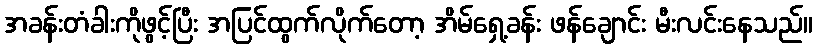
အခန်းတံခါးကိုဖွင့်ပြီး အပြင်ထွက်လိုက်တော့ အိမ်ရှေ့ခန်း ဖန်ချောင်း မီးလင်းနေသည်။